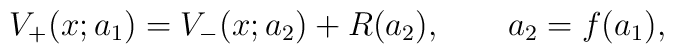
V_+ (x;a_1) = V_- (x;a_2) + R(a_2), \qquad a_2 = f(a_1),